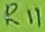
Text: R11